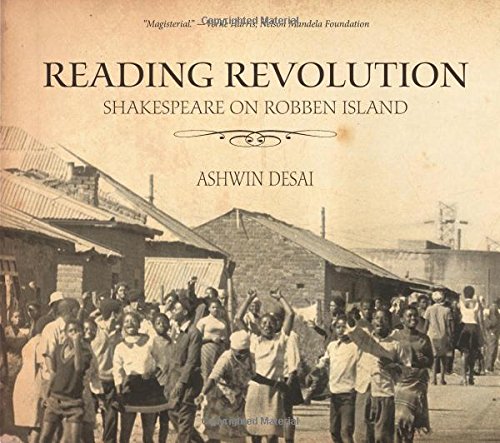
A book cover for Reading Revolution: Shakespeare on Robben Island; Ashwin Desai; Biographies & Memoirs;